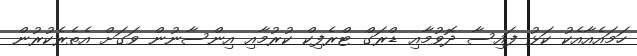
ހަމައެއާއެކު ކަޅު ފައިސާ ދޮވުމާއި ޑްރަގް ޓްރެފިކް ކުރުމާއި އިންސާނުން ވަގަށް އެތެރެކުރުން